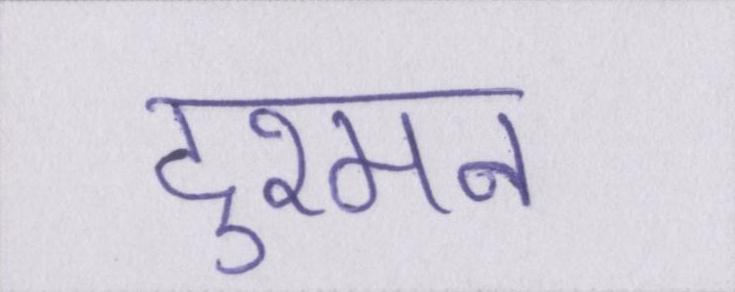
दुश्मन